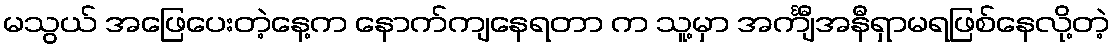
မသွယ် အဖြေပေးတဲ့နေ့က နောက်ကျနေရတာ က သူ့မှာ အင်္ကျီအနီရှာမရဖြစ်နေလို့တဲ့